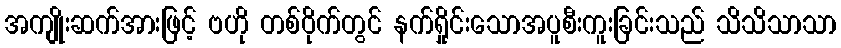
အကျိုးဆက်အားဖြင့် ဗဟို တစ်ဝိုက်တွင် နက်ရှိုင်းသောအပူစီးကူးခြင်းသည် သိသိသာသာ